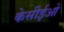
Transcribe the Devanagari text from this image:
केसीईओ